Civil Veterinary Department. Central Provinces & Berar 1925-31 - 1925-1931
Year: 1925
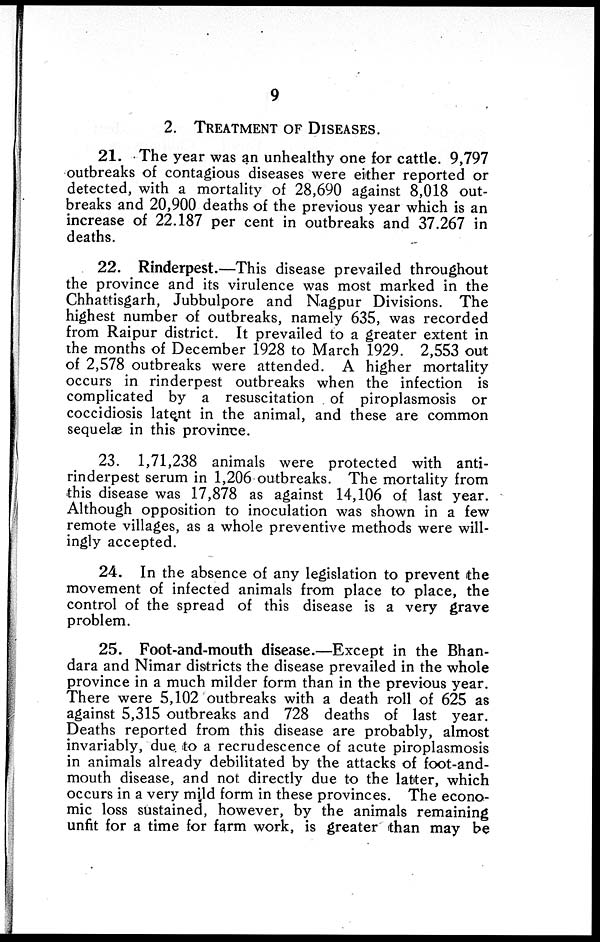
9
2. TREATMENT OF DISEASES.
21. The year was an unhealthy one for cattle. 9,797
outbreaks of contagious diseases were either reported or
detected, with a mortality of 28,690 against 8,018 out-
breaks and 20,900 deaths of the previous year which is an
increase of 22.187 per cent in outbreaks and 37.267 in
deaths.
22. Rinderpest.—This disease prevailed throughout
the province and its virulence was most marked in the
Chhattisgarh, Jubbulpore and Nagpur Divisions. The
highest number of outbreaks, namely 635, was recorded
from Raipur district. It prevailed to a greater extent in
the months of December 1928 to March 1929. 2,553 out
of 2,578 outbreaks were attended. A higher mortality
occurs in rinderpest outbreaks when the infection is
complicated by a resuscitation of piroplasmosis or
coccidiosis latent in the animal, and these are common
sequelæ in this province.
23. 1,71,238 animals were protected with anti-
rinderpest serum in 1,206 outbreaks. The mortality from
this disease was 17,878 as against 14,106 of last year.
Although opposition to inoculation was shown in a few
remote villages, as a whole preventive methods were will-
ingly accepted.
24. In the absence of any legislation to prevent the
movement of infected animals from place to place, the
control of the spread of this disease is a very grave
problem.
25. Foot-and-mouth disease.—Except in the Bhan-
dara and Nimar districts the disease prevailed in the whole
province in a much milder form than in the previous year.
There were 5,102 outbreaks with a death roll of 625 as
against 5,315 outbreaks and 728 deaths of last year.
Deaths reported from this disease are probably, almost
invariably, due to a recrudescence of acute piroplasmosis
in animals already debilitated by the attacks of foot-and-
mouth disease, and not directly due to the latter, which
occurs in a very mild form in these provinces. The econo-
mic loss sustained, however, by the animals remaining
unfit for a time for farm work, is greater than may be